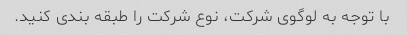
با توجه به لوگوی شرکت، نوع شرکت را طبقه بندی کنید.